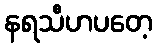
နရသီဟပတေ့